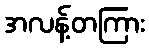
အလန့်တကြား